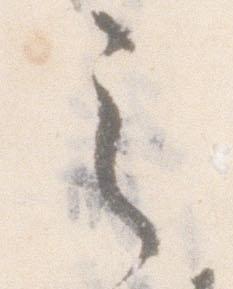
之